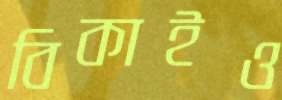
বিকাইও